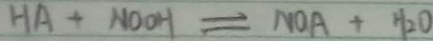
H A + N O O H \rightleftharpoons N O A + H _ { 2 } O